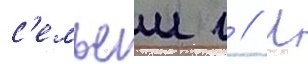
с'емьеи г // Л